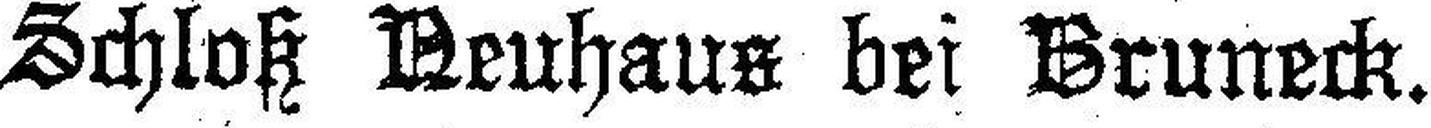
Schloß Neuhaus bei Bruneck.